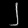
Digit: ၂